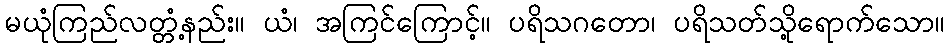
မယုံကြည်လတ္တံ့နည်း။ ယံ၊ အကြင်ကြောင့်။ ပရိသဂတော၊ ပရိသတ်သို့ရောက်သော။